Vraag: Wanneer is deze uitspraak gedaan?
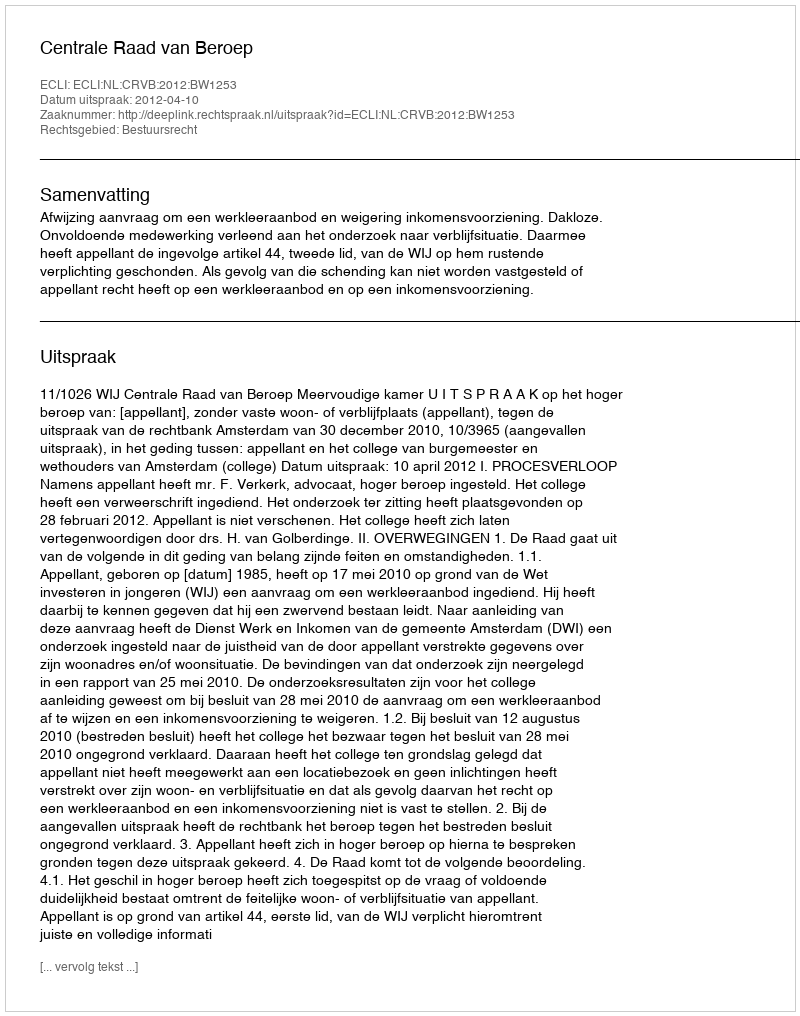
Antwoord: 2012-04-10